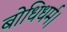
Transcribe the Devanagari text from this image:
बोधिधर्म।